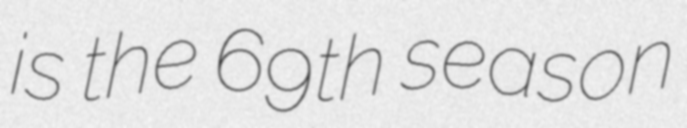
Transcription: is the 69th season